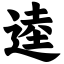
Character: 逵